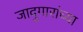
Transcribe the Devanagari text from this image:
जादुगारांच्या